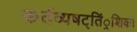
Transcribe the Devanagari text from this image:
कर्तव्यषट्तिं्रशिका